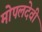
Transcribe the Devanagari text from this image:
मोपलदेवी